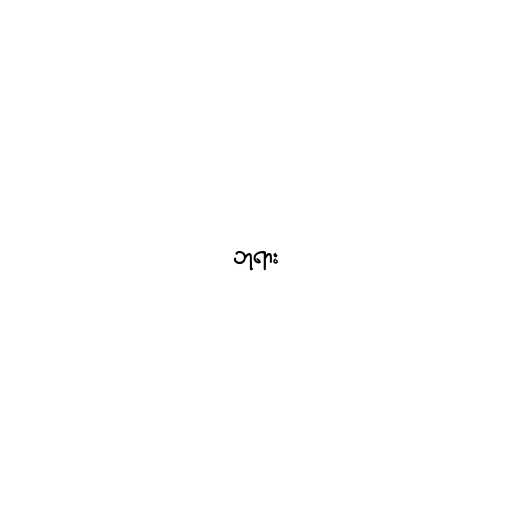
ဘုရား